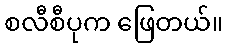
စလီစီပုက ဖြေတယ်။